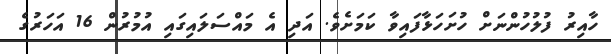
ހާއިރު ފުލުހުންނަށް ހުށަހަޅާފައިވާ ކަމަށެވެ. އަދި އެ މައްސަލައިގައި އުމުރުން 16 އަހަރުގެ